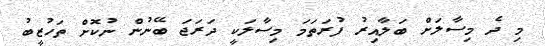
މި ދެ މިސާލަށް ބަލާއިރު ފުރަތަމަ މިސާލަކީ ދަރަޖަ ބޭނުން ނުކޮށް ތަހުޒީބު